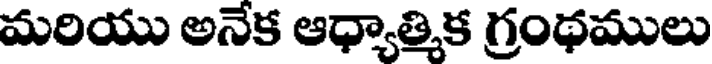
మరియు అనేక ఆధ్యాత్మిక గ్రంథములు